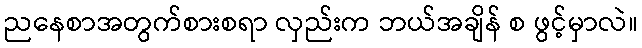
ညနေစာအတွက်စားစရာ လှည်းက ဘယ်အချိန် စ ဖွင့်မှာလဲ။